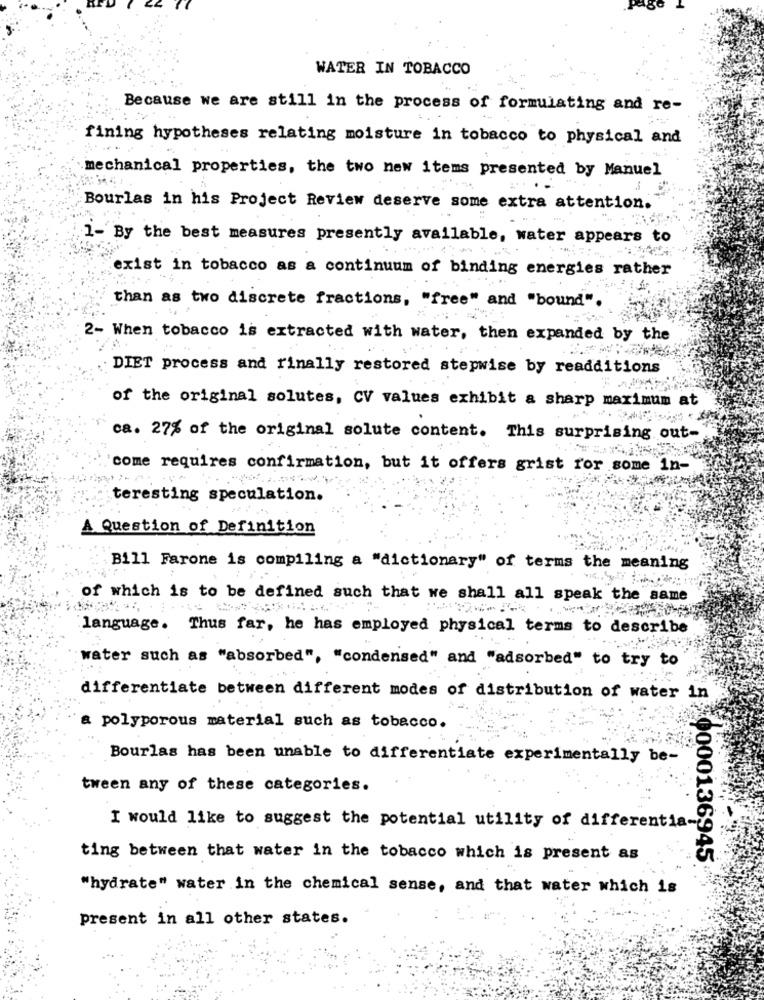
WATER IN TOBACCO
Because we are still in the process of formulating and re-
fining hypotheses relating moisture in tobacco to physical and
mechanical properties, the two new items presented by Manuel
Bourlas in his Project Review deserve some extra attention.
1- By the best measures presently available, water appears to
exist in tobacco as a continuum of binding energies rather
than as two discrete fractions, "free" and "bound".
2- When tobacco is extracted with water, then expanded by the
DIET process and finally restored stepwise by readditions
of the original solutes, CV values exhibit a sharp maximum at
ca. 27% of the original solute content. This surprising out-
come requires confirmation, but it offers grist ror some in-
teresting speculation.
A Question of Definition
Bill Farone is compiling a "dictionary" of terms the meaning
of which is to be defined such that we shall all speak the same
language. Thus far, he has employed physical terms to describe
water such as "absorbed", "condensed" and "adsorbed" to try to
differentiate between different modes of distribution of water in
a polyporous material such as tobacco.
Bourlas has been unable to differentiate experimentally be-
tween any of these categories.
I would like to suggest the potential utility of differentia-
ting between that water in the tobacco which is present as
0000136945
"hydrate" water in the chemical sense, and that water which is
present in all other states.